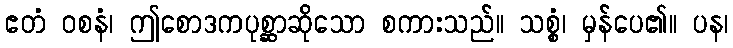
ဧတံ ဝစနံ၊ ဤစောဒကပုစ္ဆာဆိုသော စကားသည်။ သစ္စံ၊ မှန်ပေ၏။ ပန၊